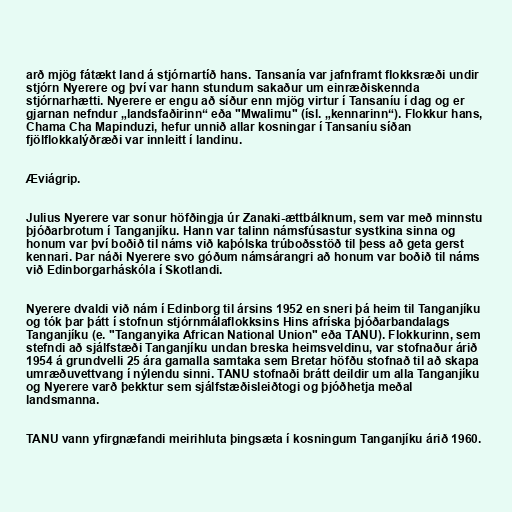
arð mjög fátækt land á stjórnartíð hans. Tansanía var jafnframt flokksræði undir
stjórn Nyerere og því var hann stundum sakaður um einræðiskennda
stjórnarhætti. Nyerere er engu að síður enn mjög virtur í Tansaníu í dag og er
gjarnan nefndur „landsfaðirinn“ eða "Mwalimu" (ísl. „kennarinn“). Flokkur hans,
Chama Cha Mapinduzi, hefur unnið allar kosningar í Tansaníu síðan
fjölflokkalýðræði var innleitt í landinu.

Æviágrip.

Julius Nyerere var sonur höfðingja úr Zanaki-ættbálknum, sem var með minnstu
þjóðarbrotum í Tanganjíku. Hann var talinn námsfúsastur systkina sinna og
honum var því boðið til náms við kaþólska trúboðsstöð til þess að geta gerst
kennari. Þar náði Nyerere svo góðum námsárangri að honum var boðið til náms
við Edinborgarháskóla í Skotlandi.

Nyerere dvaldi við nám í Edinborg til ársins 1952 en sneri þá heim til Tanganjíku
og tók þar þátt í stofnun stjórnmálaflokksins Hins afríska þjóðarbandalags
Tanganjíku (e. "Tanganyika African National Union" eða TANU). Flokkurinn, sem
stefndi að sjálfstæði Tanganjíku undan breska heimsveldinu, var stofnaður árið
1954 á grundvelli 25 ára gamalla samtaka sem Bretar höfðu stofnað til að skapa
umræðuvettvang í nýlendu sinni. TANU stofnaði brátt deildir um alla Tanganjíku
og Nyerere varð þekktur sem sjálfstæðisleiðtogi og þjóðhetja meðal
landsmanna.

TANU vann yfirgnæfandi meirihluta þingsæta í kosningum Tanganjíku árið 1960.